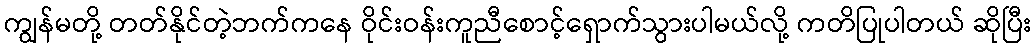
ကျွန်မတို့ တတ်နိုင်တဲ့ဘက်ကနေ ဝိုင်းဝန်းကူညီစောင့်ရှောက်သွားပါမယ်လို့ ကတိပြုပါတယ် ဆိုပြီး